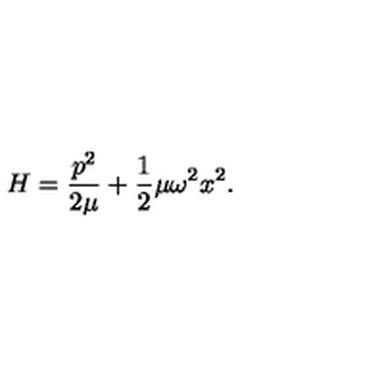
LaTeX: H = \frac { p ^ { 2 } } { 2 \mu } + \frac { 1 } { 2 } \mu \omega ^ { 2 } x ^ { 2 } .